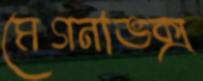
মেগনাভক্স